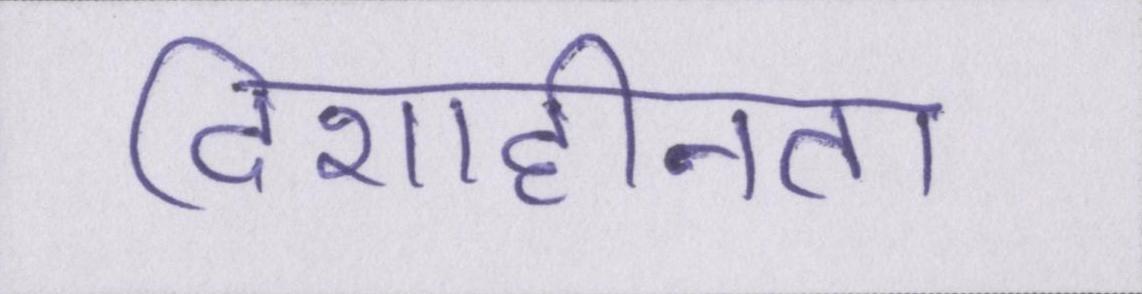
दिशाहीनता